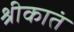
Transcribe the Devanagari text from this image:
श्रीकातं